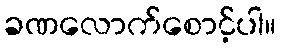
ခဏလောက်စောင့်ပါ။